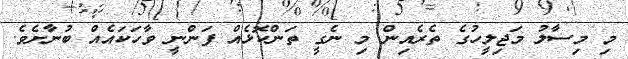
މި މިސާލު މަޖިލީހުގެ ތެރެއިން މި ނެގީ ތަންކޮޅެއް ފަންނީ ވާހަކައެއް ބުނާށެވެ.